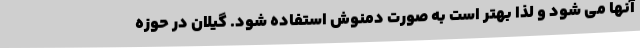
آنها می شود و لذا بهتر است به صورت دمنوش استفاده شود. گیلان در حوزه